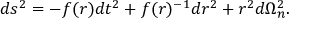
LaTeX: d s ^ { 2 } = - f ( r ) d t ^ { 2 } + f ( r ) ^ { - 1 } d r ^ { 2 } + r ^ { 2 } d \Omega _ { n } ^ { 2 } .